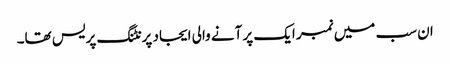
ان سب میں نمبر ایک پر آنے والی ایجاد پرنٹنگ پریس تھا۔